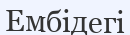
Ембідегі